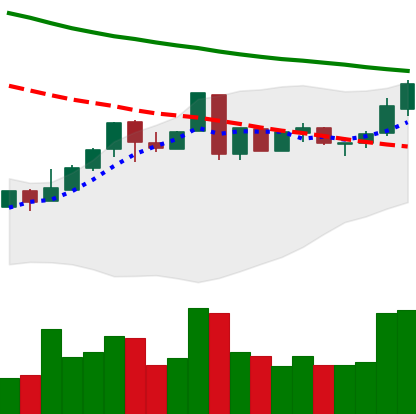
Ticker: LTC-USD
Chart end date: 2018-05-04
Forward return: -6.951%
Label: down_5_7